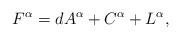
LaTeX: \begin{align*}F^\alpha = dA^\alpha + C^\alpha + L^\alpha,\end{align*}